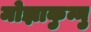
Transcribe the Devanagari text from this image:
मोझाकुन्नु